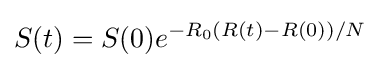
S(t)=S(0)e^{-R_{0}(R(t)-R(0))/N}